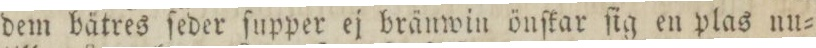
dem bätres ſeder ſupper ej bränwin önſkar ſig en plas un=